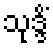
သုဒ္ဒိံ